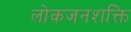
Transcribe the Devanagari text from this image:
लोकजनशक्ति